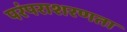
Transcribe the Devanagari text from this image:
परंपराशरणता